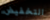
التخفيض